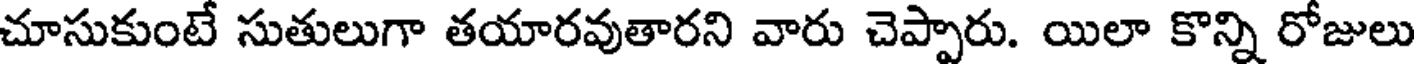
చూసుకుంటే సుతులుగా తయారవుతారని వారు చెప్పారు. యిలా కొన్ని రోజులు